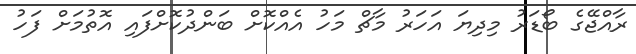
ރާއްޖޭގެ ބޯޑަރު މިދިޔަ އަހަރު މާޗް މަހު އެއްކޮށް ބަންދުކޮށްފައި އޮތުމަށް ފަހު